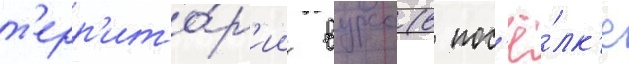
т'ерр'ито́р'ии вурса (в пос'ё́лк'е